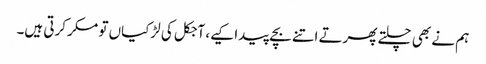
ہم نے بھی چلتے پھرتے اتنے بچے پیدا کیے، آجکل کی لڑکیاں تو مکر کرتی ہیں۔